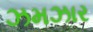
ઝમઝાર